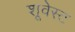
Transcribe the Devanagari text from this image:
शूवेस्ट